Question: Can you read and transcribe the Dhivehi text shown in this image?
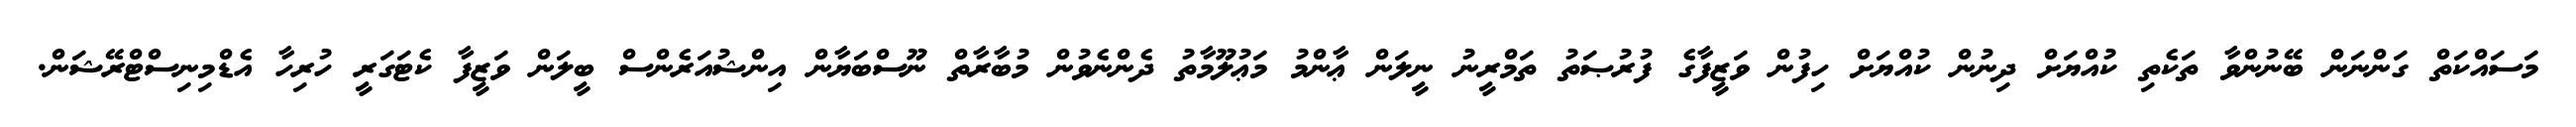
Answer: މަސައްކަތް ގަންނަން ބޭނުންވާ ތަކެތި ކުއްޔަށް ދިނުން ކުއްޔަށް ހިފުން ވަޒީފާގެ ފުރުޞަތު ތަމްރީނު ނީލަން ޢާންމު މަޢުލޫމާތު ދެންނެވުން މުބާރާތް ނޫސްބަޔާން އިންޝުއަރެންސް ބީލަން ވަޒީފާ ކެޓަގަރީ ހުރިހާ އެޑްމިނިސްޓްރޭޝަން.